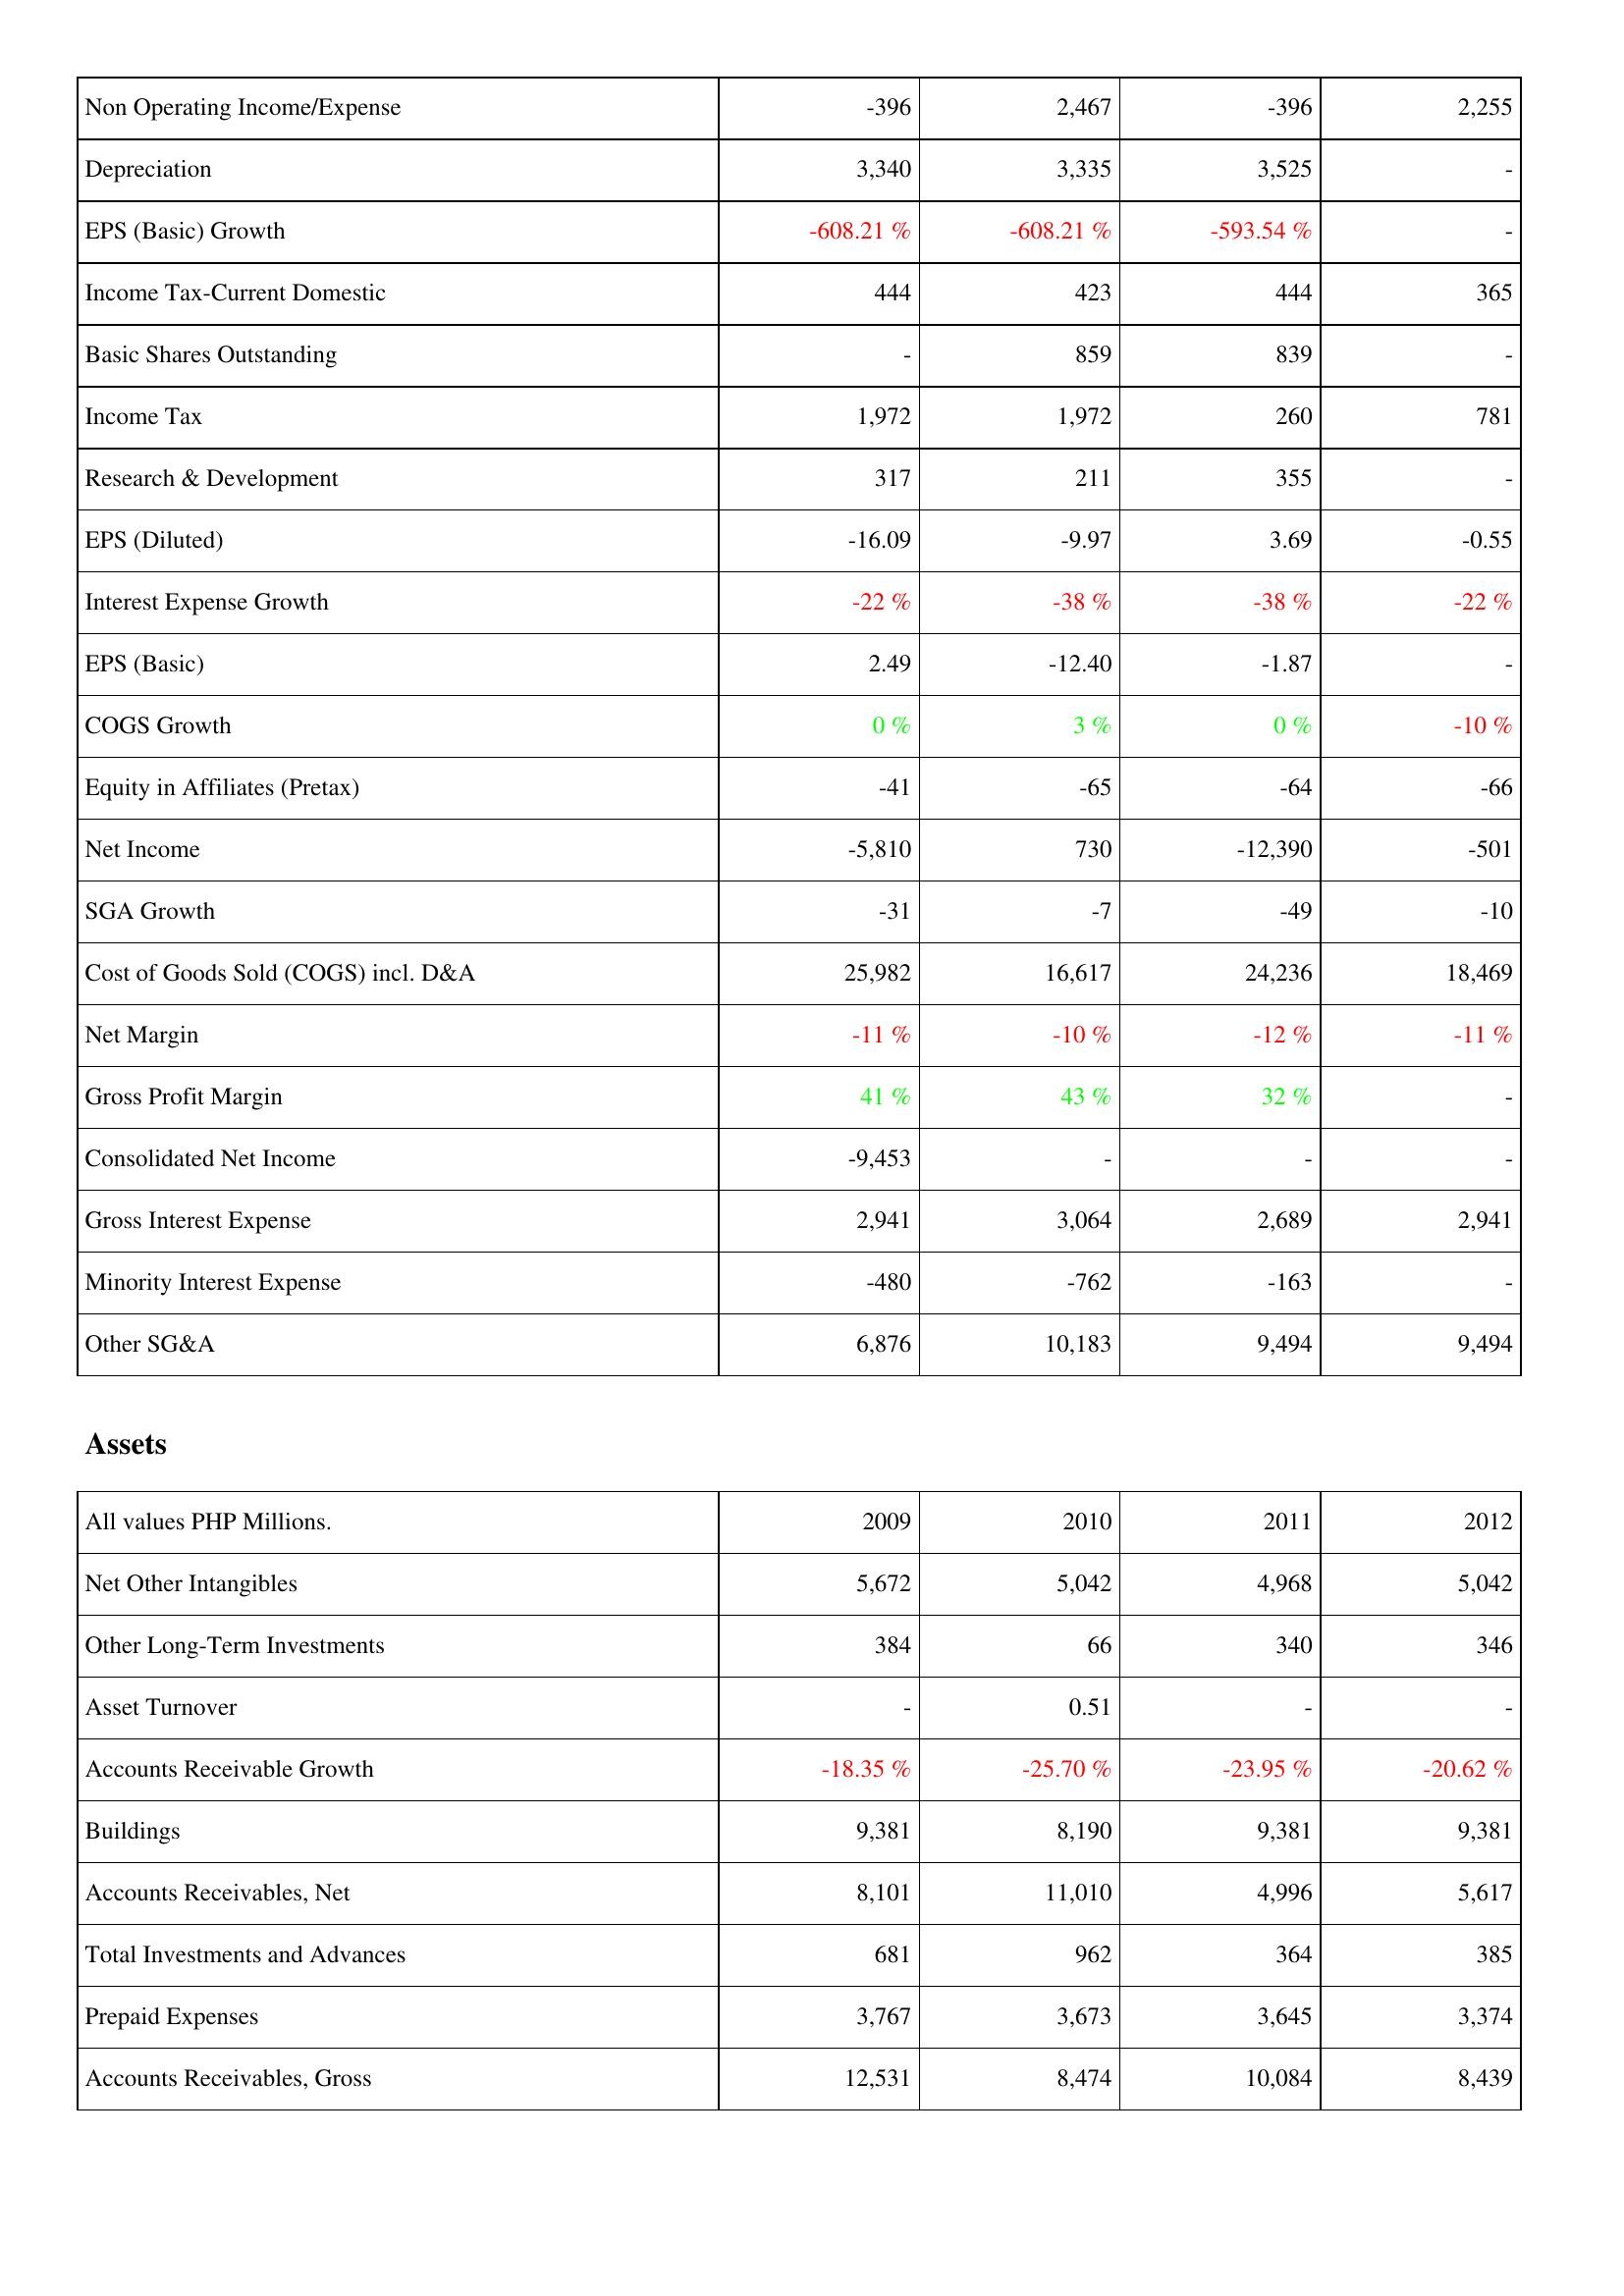
2009: Income Statement: Non Operating Income/Expense: -396
Depreciation: 3,340
EPS (Basic) Growth: -608.21 %
Income Tax-Current Domestic: 444
Basic Shares Outstanding: -
Income Tax: 1,972
Research & Development: 317
EPS (Diluted): -16.09
Interest Expense Growth: -22 %
EPS (Basic): 2.49
COGS Growth: 0 %
Equity in Affiliates (Pretax): -41
Net Income: -5,810
SGA Growth: -31
Cost of Goods Sold (COGS) incl. D&A: 25,982
Net Margin: -11 %
Gross Profit Margin: 41 %
Consolidated Net Income: -9,453
Gross Interest Expense: 2,941
Minority Interest Expense: -480
Other SG&A: 6,876
Assets: Net Other Intangibles: 5,672
Other Long-Term Investments: 384
Asset Turnover: -
Accounts Receivable Growth: -18.35 %
Buildings: 9,381
Accounts Receivables, Net: 8,101
Total Investments and Advances: 681
Prepaid Expenses: 3,767
Accounts Receivables, Gross: 12,531
2010: Income Statement: Non Operating Income/Expense: 2,467
Depreciation: 3,335
EPS (Basic) Growth: -608.21 %
Income Tax-Current Domestic: 423
Basic Shares Outstanding: 859
Income Tax: 1,972
Research & Development: 211
EPS (Diluted): -9.97
Interest Expense Growth: -38 %
EPS (Basic): -12.40
COGS Growth: 3 %
Equity in Affiliates (Pretax): -65
Net Income: 730
SGA Growth: -7
Cost of Goods Sold (COGS) incl. D&A: 16,617
Net Margin: -10 %
Gross Profit Margin: 43 %
Consolidated Net Income: -
Gross Interest Expense: 3,064
Minority Interest Expense: -762
Other SG&A: 10,183
Assets: Net Other Intangibles: 5,042
Other Long-Term Investments: 66
Asset Turnover: 0.51
Accounts Receivable Growth: -25.70 %
Buildings: 8,190
Accounts Receivables, Net: 11,010
Total Investments and Advances: 962
Prepaid Expenses: 3,673
Accounts Receivables, Gross: 8,474
2011: Income Statement: Non Operating Income/Expense: -396
Depreciation: 3,525
EPS (Basic) Growth: -593.54 %
Income Tax-Current Domestic: 444
Basic Shares Outstanding: 839
Income Tax: 260
Research & Development: 355
EPS (Diluted): 3.69
Interest Expense Growth: -38 %
EPS (Basic): -1.87
COGS Growth: 0 %
Equity in Affiliates (Pretax): -64
Net Income: -12,390
SGA Growth: -49
Cost of Goods Sold (COGS) incl. D&A: 24,236
Net Margin: -12 %
Gross Profit Margin: 32 %
Consolidated Net Income: -
Gross Interest Expense: 2,689
Minority Interest Expense: -163
Other SG&A: 9,494
Assets: Net Other Intangibles: 4,968
Other Long-Term Investments: 340
Asset Turnover: -
Accounts Receivable Growth: -23.95 %
Buildings: 9,381
Accounts Receivables, Net: 4,996
Total Investments and Advances: 364
Prepaid Expenses: 3,645
Accounts Receivables, Gross: 10,084
2012: Income Statement: Non Operating Income/Expense: 2,255
Depreciation: -
EPS (Basic) Growth: -
Income Tax-Current Domestic: 365
Basic Shares Outstanding: -
Income Tax: 781
Research & Development: -
EPS (Diluted): -0.55
Interest Expense Growth: -22 %
EPS (Basic): -
COGS Growth: -10 %
Equity in Affiliates (Pretax): -66
Net Income: -501
SGA Growth: -10
Cost of Goods Sold (COGS) incl. D&A: 18,469
Net Margin: -11 %
Gross Profit Margin: -
Consolidated Net Income: -
Gross Interest Expense: 2,941
Minority Interest Expense: -
Other SG&A: 9,494
Assets: Net Other Intangibles: 5,042
Other Long-Term Investments: 346
Asset Turnover: -
Accounts Receivable Growth: -20.62 %
Buildings: 9,381
Accounts Receivables, Net: 5,617
Total Investments and Advances: 385
Prepaid Expenses: 3,374
Accounts Receivables, Gross: 8,439